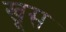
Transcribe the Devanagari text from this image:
खूस